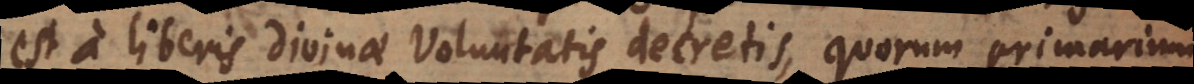
est a liberis divinae voluntatis decretis, quorum primarium